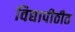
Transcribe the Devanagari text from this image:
विद्यापीठीत